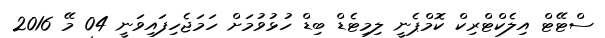
ސްޓޭޓް އިލެކްޓްރިކް ކޮމްޕެނީ ލިމިޓެޑް ބިޑް ހުޅުވުމަށް ހަމަޖެހިފައިވަނީ 04 މޭ 2016